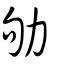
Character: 劬